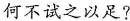
何不试之以足?